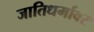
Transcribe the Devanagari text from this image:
जातिधर्मावर